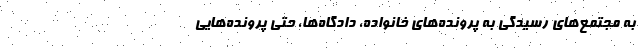
به مجتمع‌های رسیدگی به پرونده‌های خانواده، دادگاه‌ها، حتی پرونده‌هایی